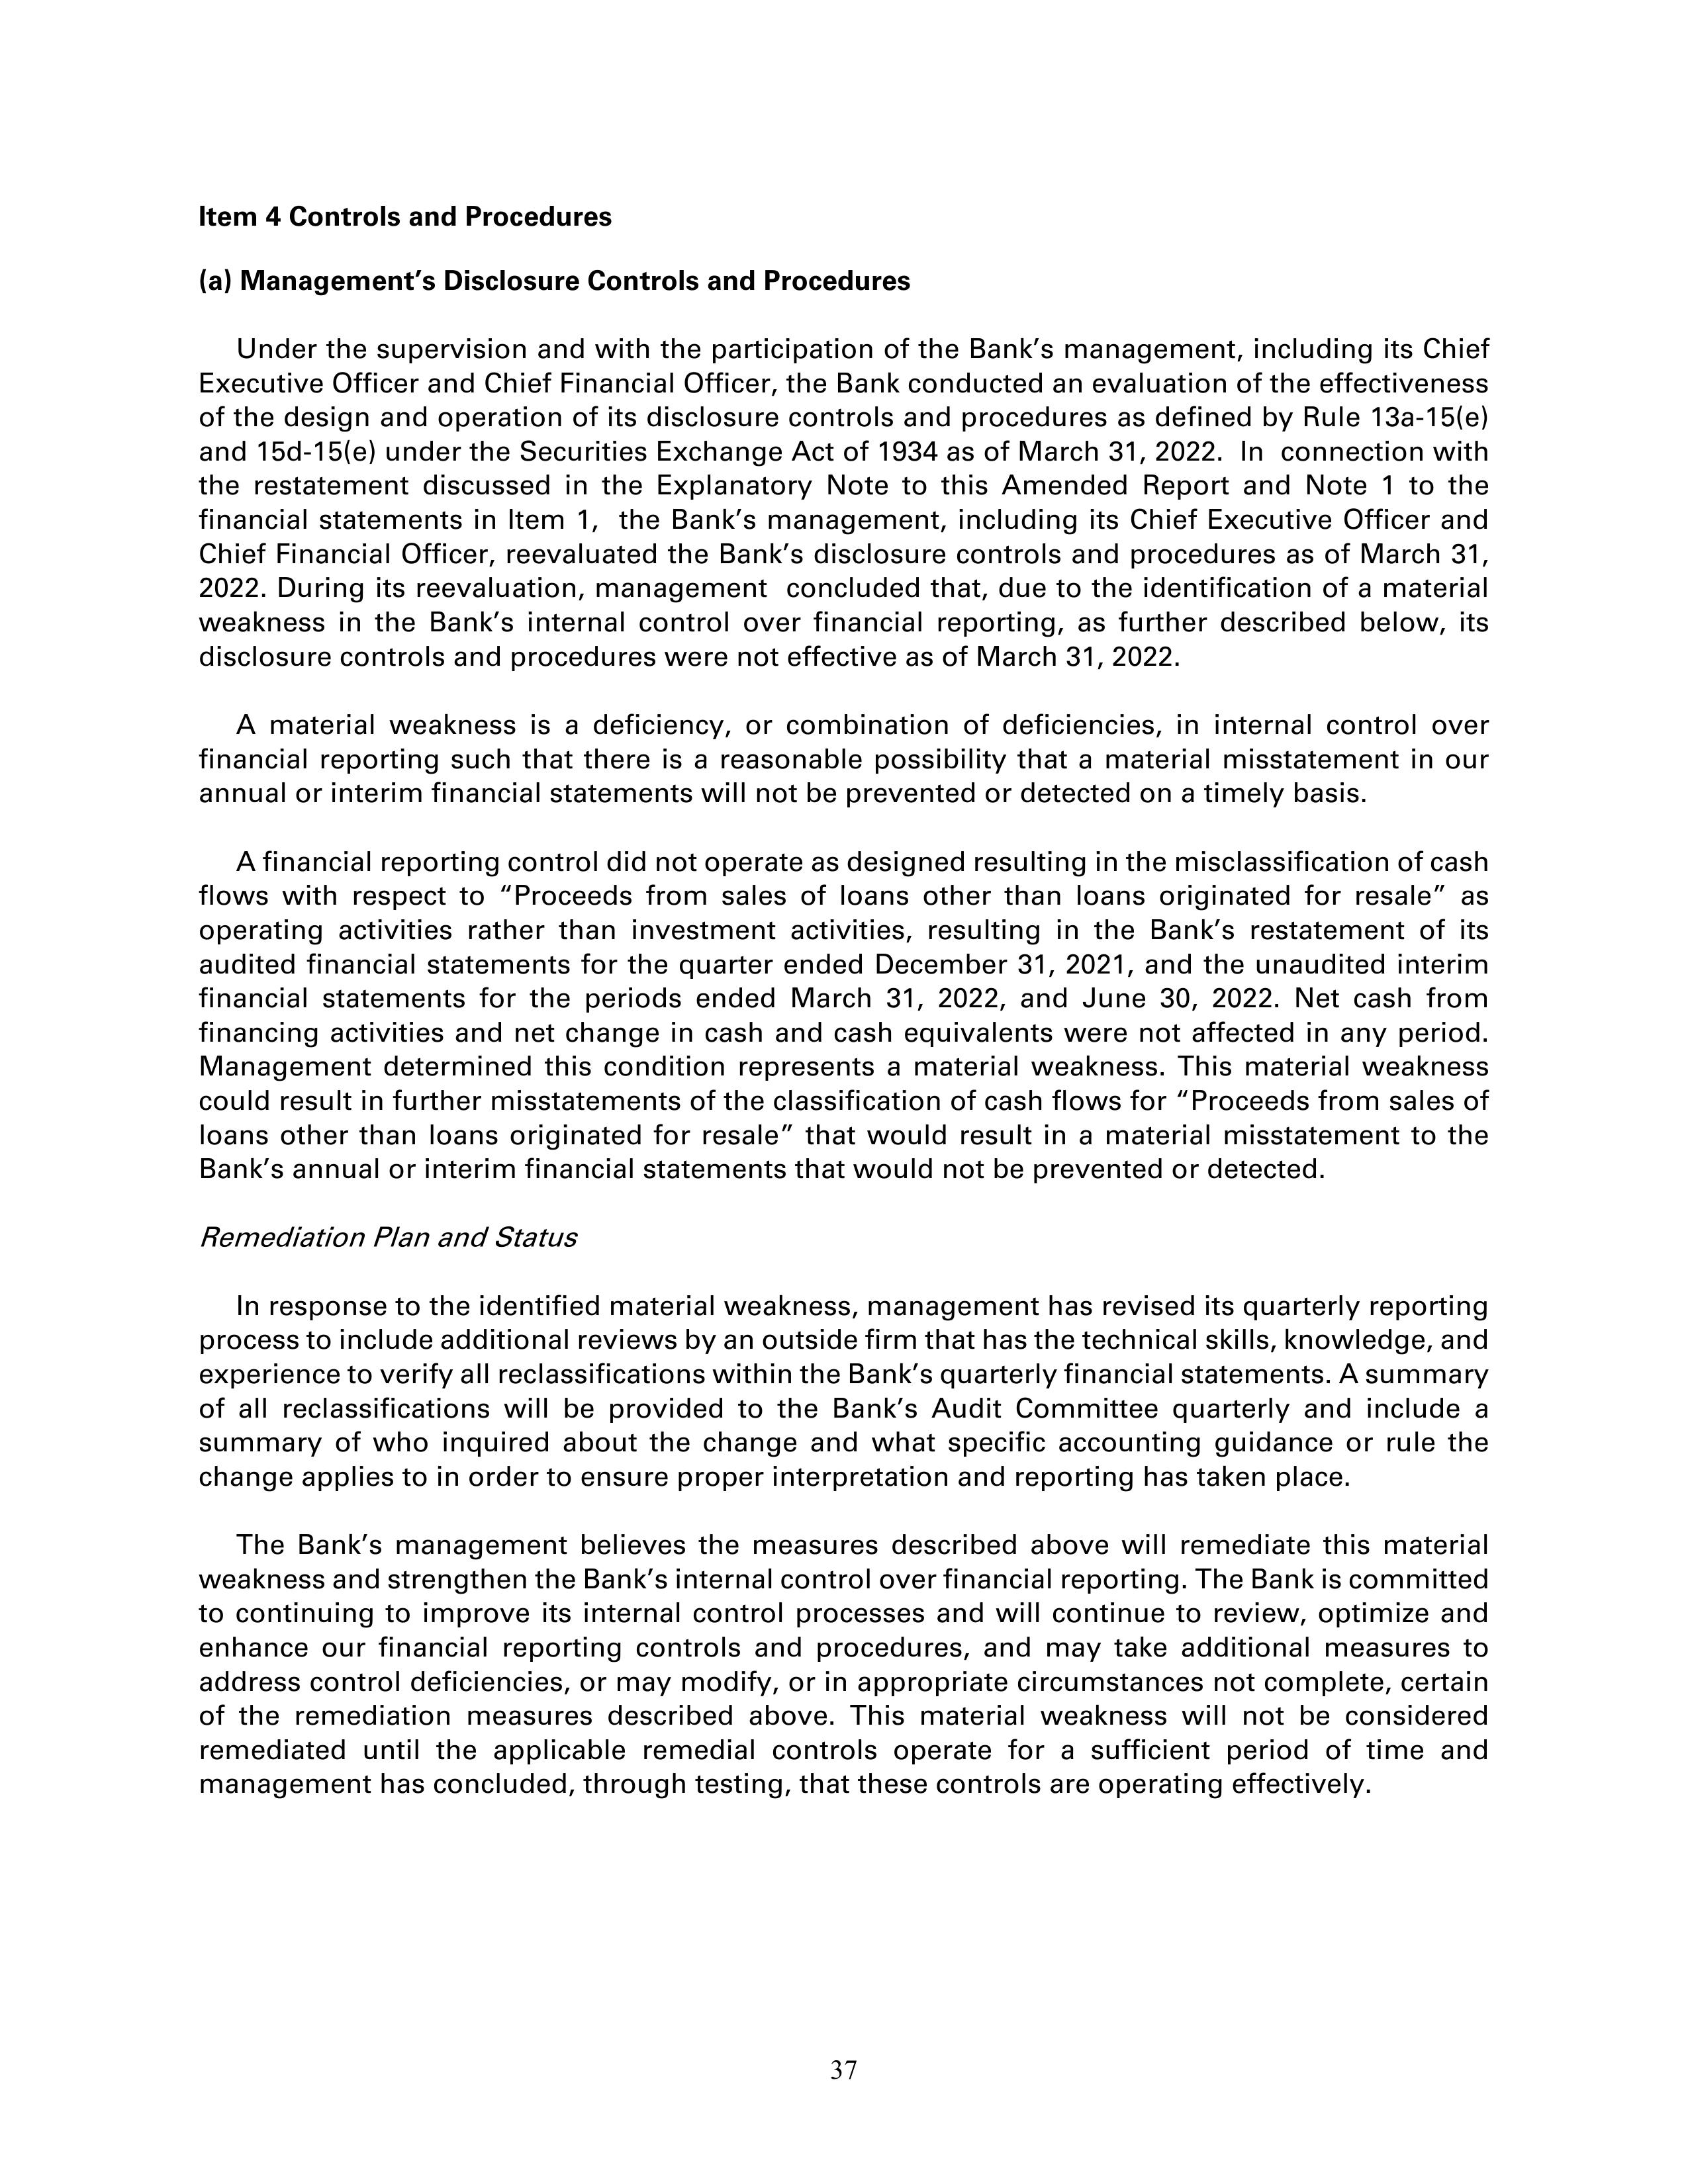
Item 4 Controls and Procedures

(a) Management’s Disclosure Controls and Procedures

Under the supervision and with the participation of the Bank’s management, including its Chief
Executive Officer and Chief Financial Officer, the Bank conducted an evaluation of the effectiveness
of the design and operation of its disclosure controls and procedures as defined by Rule 13a-15(e)
and 15d-15(e) under the Securities Exchange Act of 1934 as of March 31, 2022. In connection with
the restatement discussed in the Explanatory Note to this Amended Report and Note 1 to the
financial statements in Item 1, the Bank’s management, including its Chief Executive Officer and
Chief Financial Officer, reevaluated the Bank’s disclosure controls and procedures as of March 31,
2022. During its reevaluation, management concluded that, due to the identification of a material
weakness in the Bank’s internal control over financial reporting, as further described below, its
disclosure controls and procedures were not effective as of March 31, 2022.

A material weakness is a deficiency, or combination of deficiencies, in internal control over
financial reporting such that there is a reasonable possibility that a material misstatement in our
annual or interim financial statements will not be prevented or detected on a timely basis.

A financial reporting control did not operate as designed resulting in the misclassification of cash
flows with respect to “Proceeds from sales of loans other than loans originated for resale” as
operating activities rather than investment activities, resulting in the Bank’s restatement of its
audited financial statements for the quarter ended December 31, 2021, and the unaudited interim
financial statements for the periods ended March 31, 2022, and June 30, 2022. Net cash from
financing activities and net change in cash and cash equivalents were not affected in any period.
Management determined this condition represents a material weakness. This material weakness
could result in further misstatements of the classification of cash flows for “Proceeds from sales of
loans other than loans originated for resale” that would result in a material misstatement to the
Bank’s annual or interim financial statements that would not be prevented or detected.

Remediation Plan and Status

In response to the identified material weakness, management has revised its quarterly reporting
process to include additional reviews by an outside firm that has the technical skills, knowledge, and
experience to verify all reclassifications within the Bank’s quarterly financial statements. A summary
of all reclassifications will be provided to the Bank’s Audit Committee quarterly and include a
summary of who inquired about the change and what specific accounting guidance or rule the
change applies to in order to ensure proper interpretation and reporting has taken place.

The Bank’s management believes the measures described above will remediate this material
weakness and strengthen the Bank’s internal control over financial reporting. The Bank is committed
to continuing to improve its internal control processes and will continue to review, optimize and
enhance our financial reporting controls and procedures, and may take additional measures to
address control deficiencies, or may modify, or in appropriate circumstances not complete, certain
of the remediation measures described above. This material weakness will not be considered
remediated until the applicable remedial controls operate for a sufficient period of time and
management has concluded, through testing, that these controls are operating effectively.

37